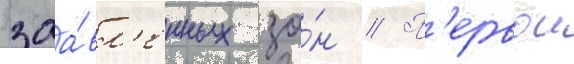
заа́вл'енных зо́н // П'ервои